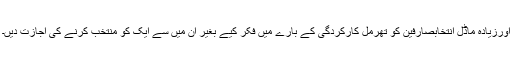
اورزیادہ ماڈل انتخابصارفین کو تھرمل کارکردگی کے بارے میں فکر کیے بغیر ان میں سے ایک کو منتخب کرنے کی اجازت دیں۔